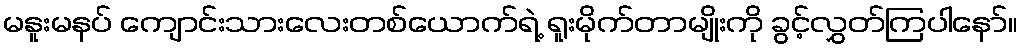
မနူးမနပ် ကျောင်းသားလေးတစ်ယောက်ရဲ့ ရူးမိုက်တာမျိုးကို ခွင့်လွှတ်ကြပါနော်။